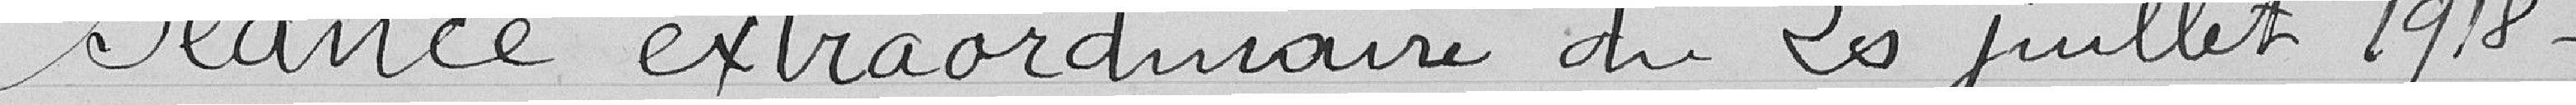
Séance extraordinaire du 20 juillet 1918.